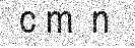
c m  n